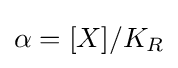
\alpha =[X]/K_{R}